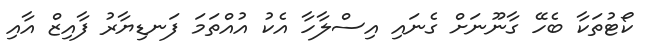
ކޯޓުތަކާ ބެހޭ ގާނޫނަށް ގެނައި އިސްލާހާ އެކު އުއްތަމަ ފަނޑިޔާރު ފާއިޒް އާއި